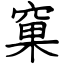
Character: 窠